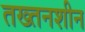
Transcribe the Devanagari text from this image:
तख्तनशीन